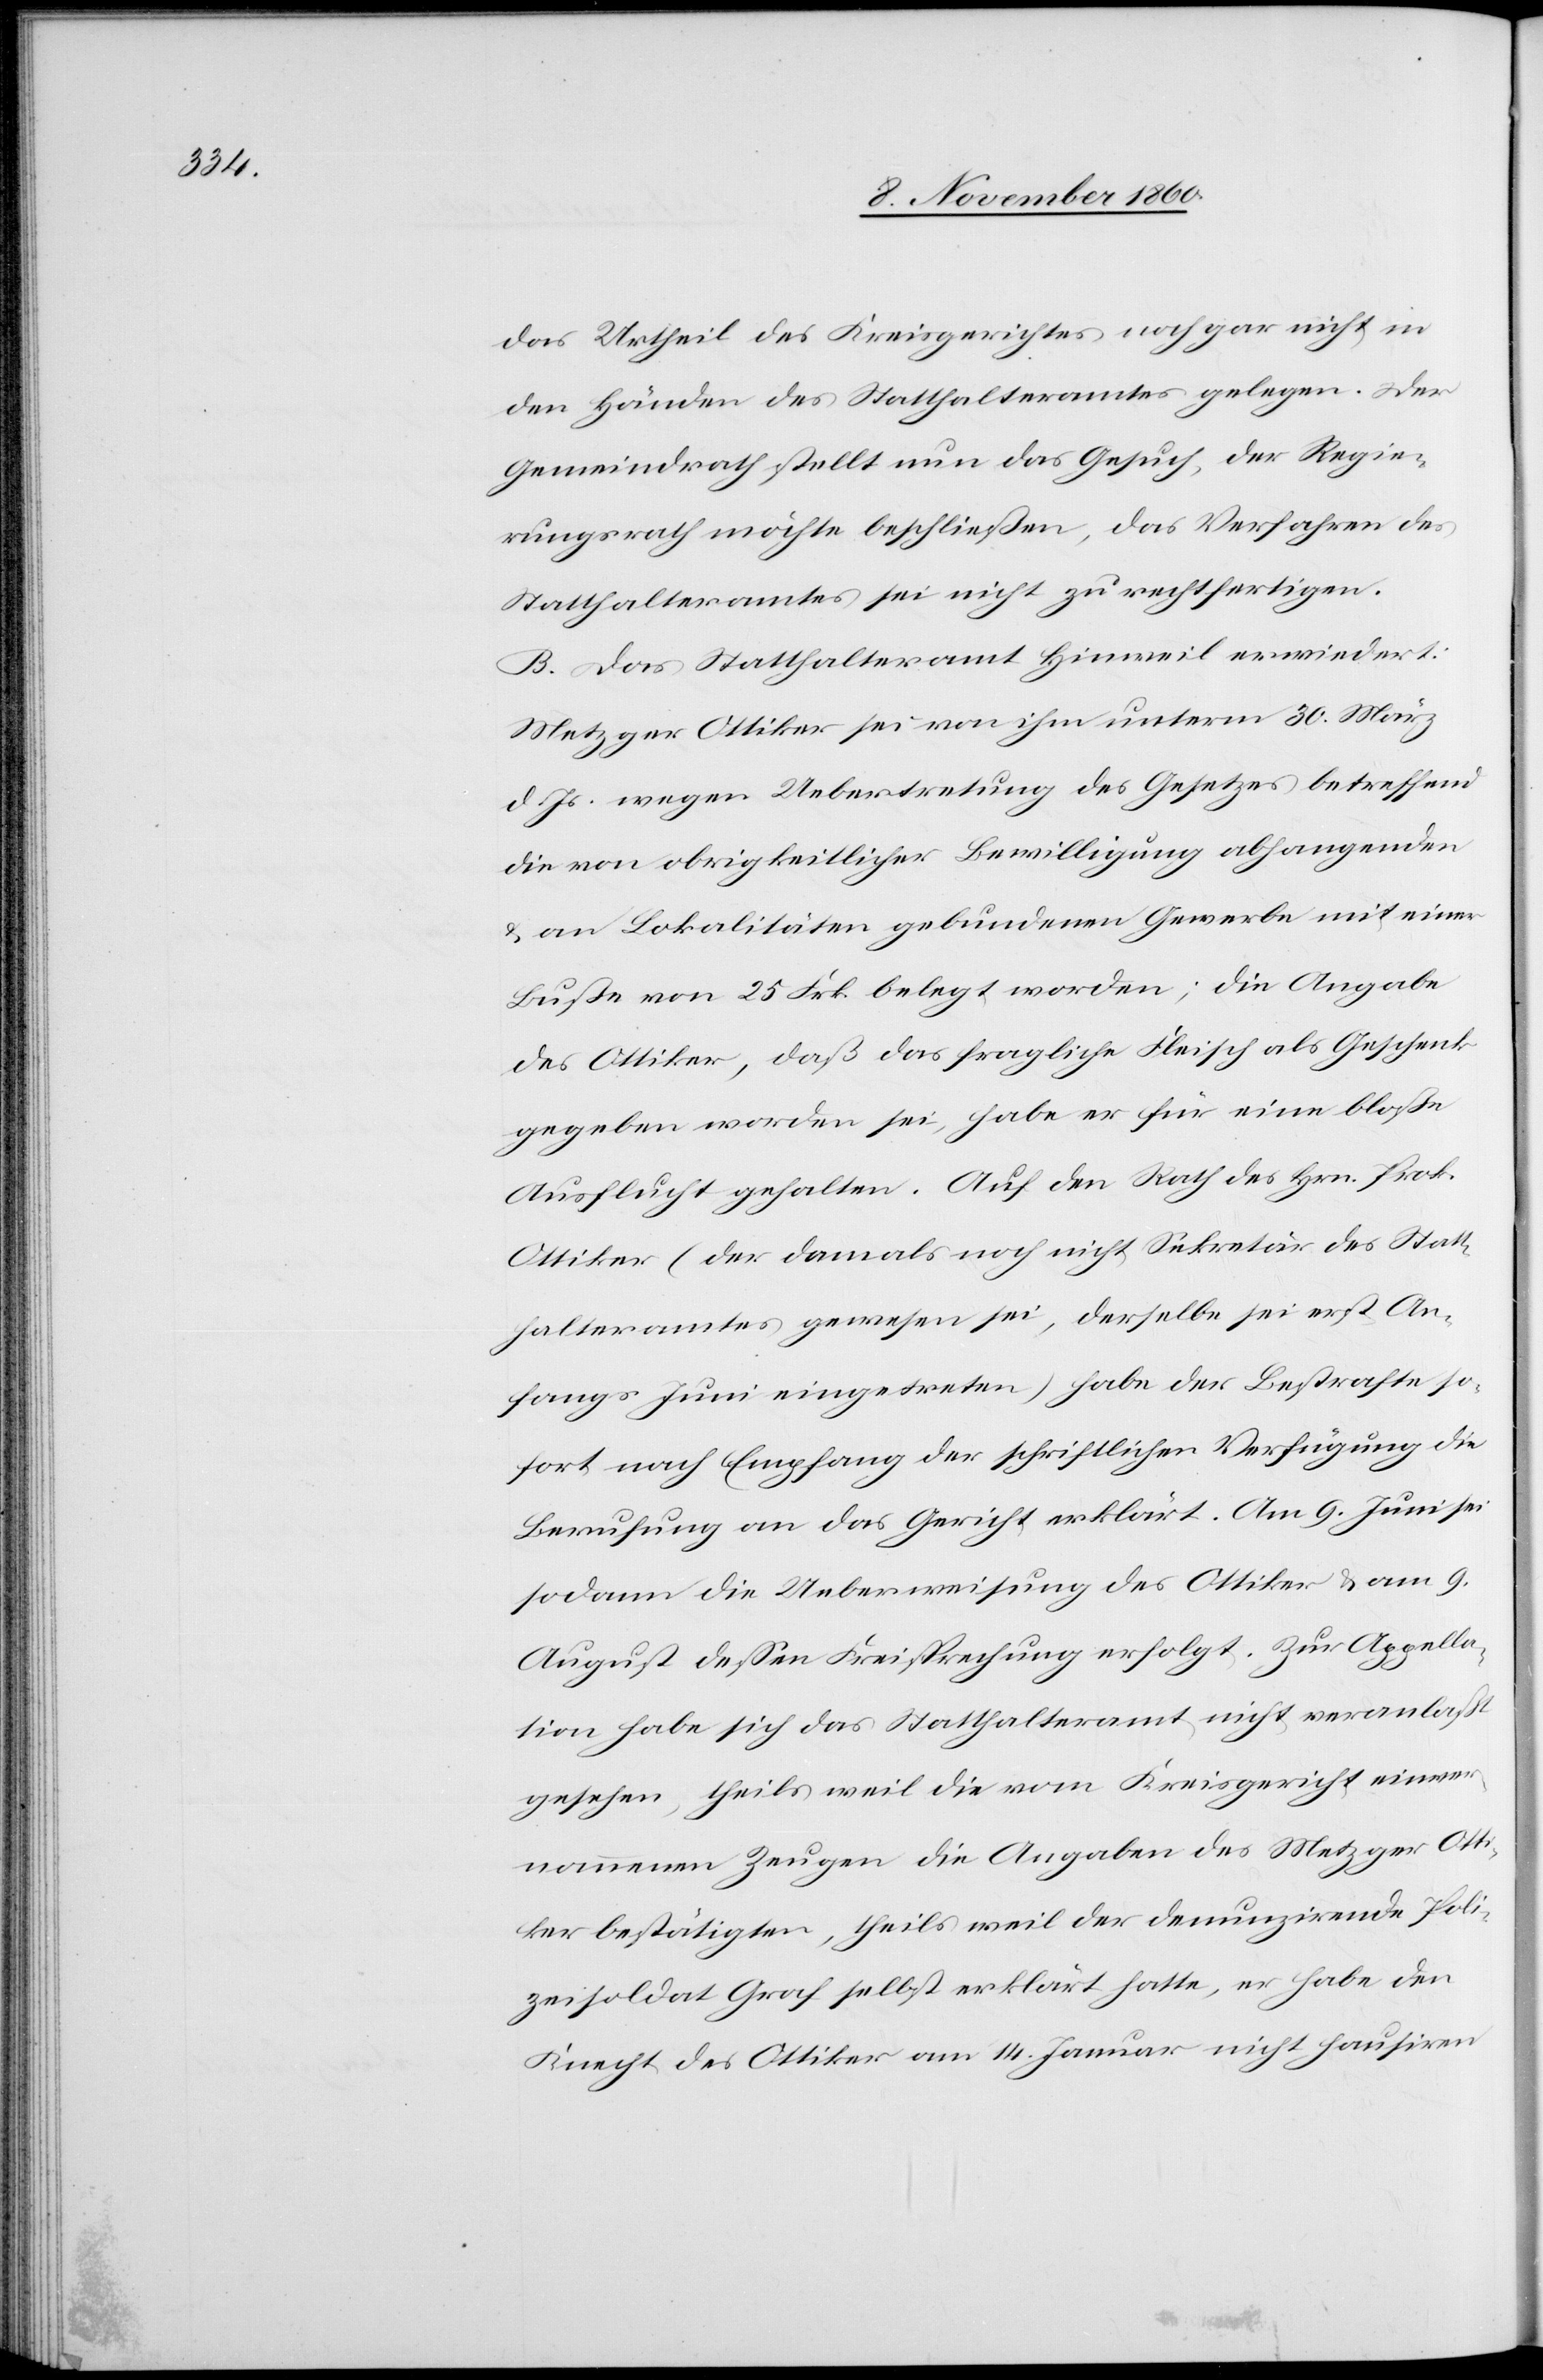
das Urtheil des Kreisgerichtes noch gar nicht in
den Händen des Statthalteramtes gelegen. Der
Gemeindrath stellt nun das Gesuch, der Regie¬
rungsrath möchte beschließen, das Verfahren des
Statthalteramtes sei nicht zu rechtfertigen.
B. Das Statthalteramt Hinweil erwidert:
Metzger Ottiker sei von ihm unterm 3. März
d. Js. wegen Uebertretung des Gesetzes betreffend
die von obrigkeitlicher Bewilligung abhangenden
u. an Lokalitäten gebundenen Gewerbe mit einer
Buße von 25 Frk. belegt worden; da die Angabe
des Ottiker, daß das fragliche Fleisch als Geschenk
gegeben worden sei, habe er für eine bloße
Ausflucht gehalten. Auf den Rath des Hrn. Prok.
Ottiker (der damals noch nicht Sekretär des Statt¬
halteramtes gewesen sei, derselbe sei erst An¬
fangs Juni eingetreten) habe der Bestrafte so¬
fort nach Empfang der schriftlichen Verfügung die
Berufung an das Gericht erklärt. Am 9. Juni sei
sodann die Ueberweisung des Ottiker u. am 9.
August dessen Freisprechung erfolgt. Zur Appella¬
tion habe sich das Statthalteramt nicht veranlaßt
gesehen, theils weil die vom Kreisgericht einver¬
nommenen Zeugen die Angaben des Metzger Ott¬
iker bestätigten, theils weil der denunzirende Poli¬
zeisoldat Graf selbst erklärt hatte, er habe den
Knecht des Ottiker am 14. Januar nicht hausiren